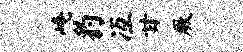
崦豹冱甘厥